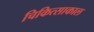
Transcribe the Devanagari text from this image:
चिकित्साकाल